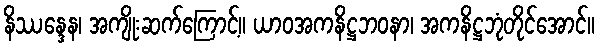
နိဿန္ဒေန၊ အကျိုးဆက်ကြောင့်။ ယာဝအကနိဋ္ဌဘဝနာ၊ အကနိဋ္ဌဘုံတိုင်အောင်။